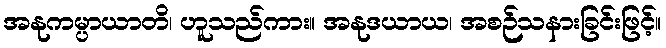
အနုကမ္ပာယာတိ၊ ဟူသည်ကား။ အနုဒယာယ၊ အစဉ်သနားခြင်းဖြင့်။